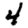
Digit: 4